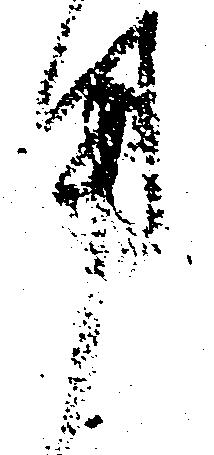
用